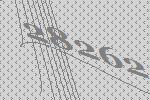
28262